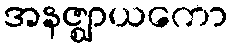
အနဇ္ဈာယကော